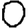
Digit: 0